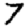
Digit: 7